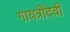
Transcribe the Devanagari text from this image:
गायत्रीदेवी